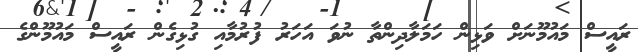
ރައީސް މައުމޫނަށް ވަޅިން ހަމަލާދިންތާ ނުވަ އަހަރު ފުރުމާއި ގުޅިގެން ރައީސް މައުމޫންގެ